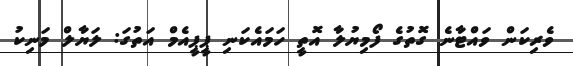
ވެރިކަން ވައްޓާނެ ގޮތުގެ ފޯމިޔުލާ އޮތީ ހަމައެކަނި ޕީޕީއެމް އަތުގަ: ލަޔާލް މަނިކު